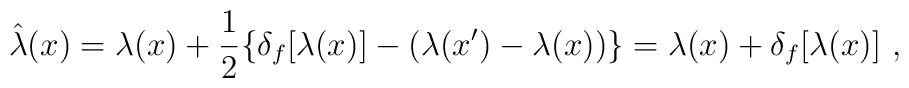
\hat \lambda (x) =\lambda (x)+\frac{1}{2}\{\delta _f[\lambda (x)]-(\lambda(x')-\lambda (x))\}=\lambda (x)+\delta _f[\lambda (x)]~,